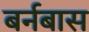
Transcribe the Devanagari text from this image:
बर्नबास